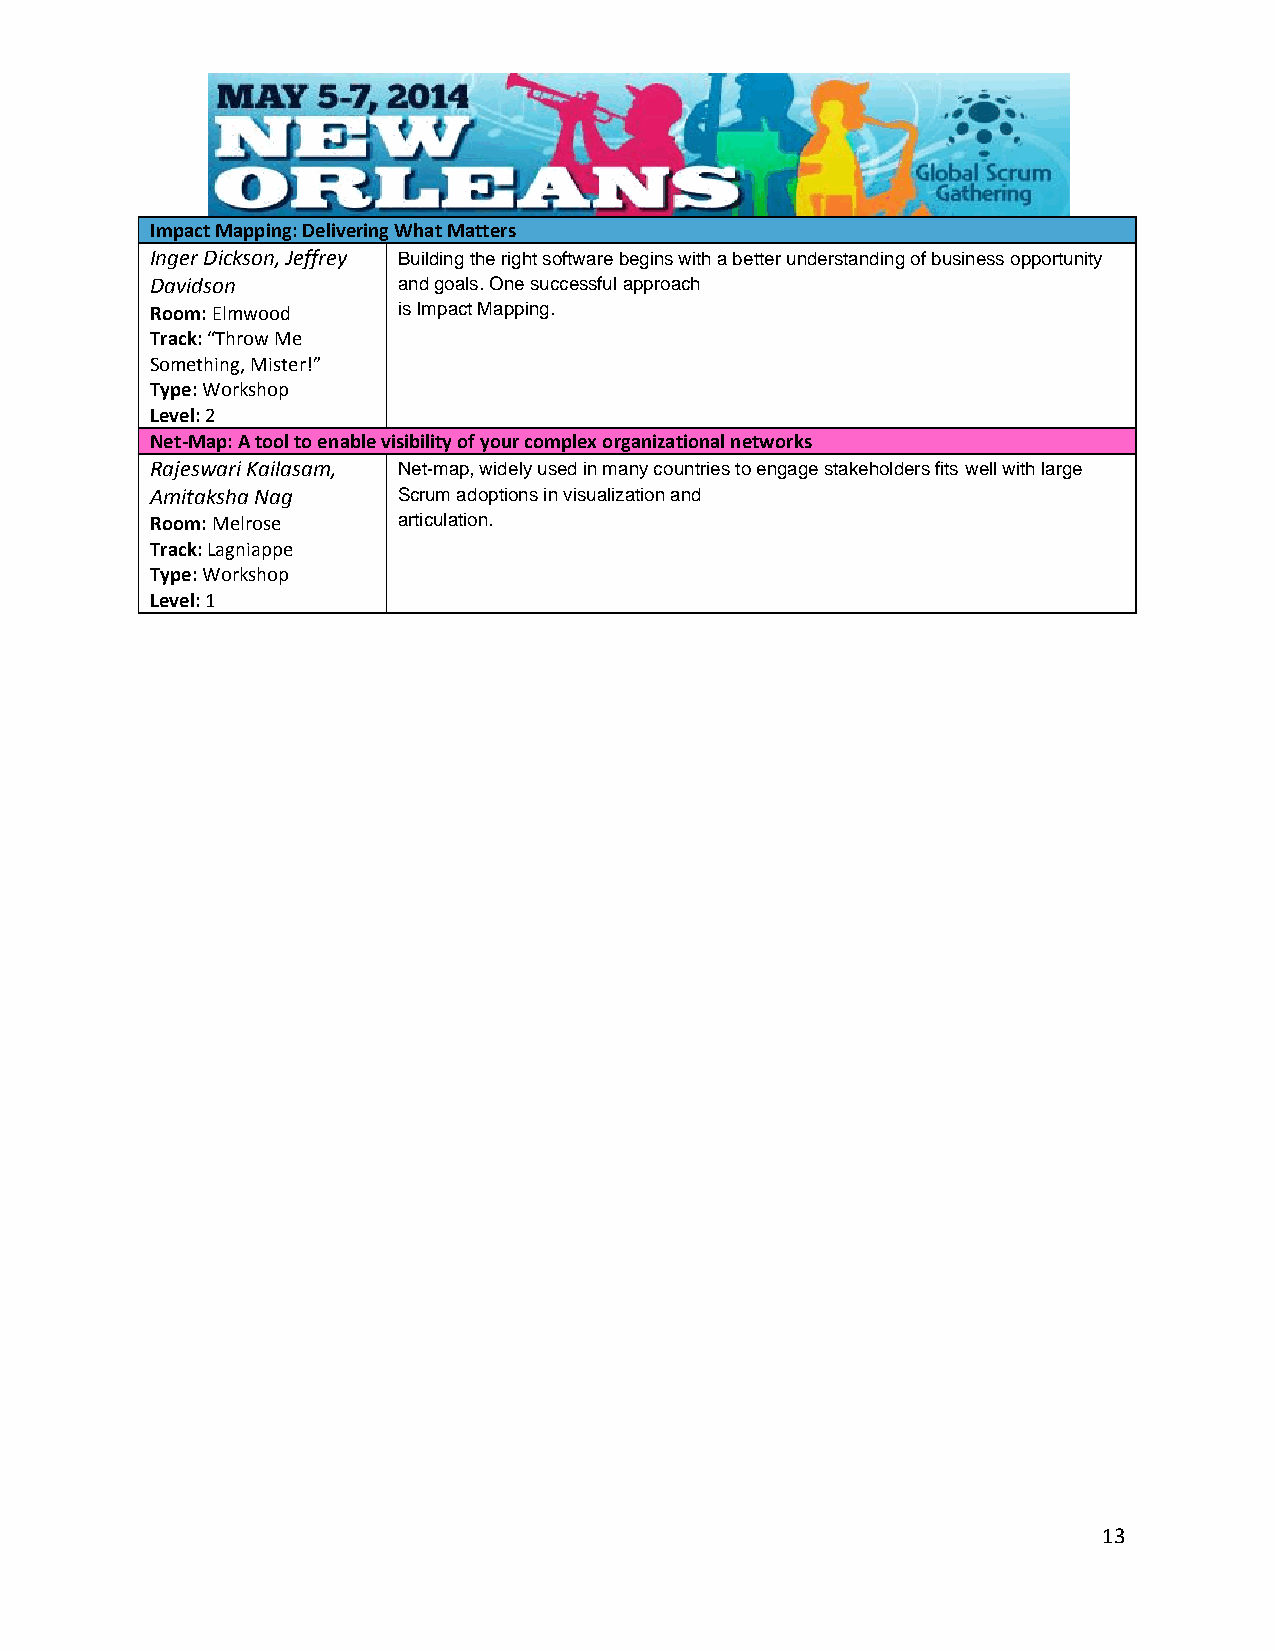
Impact Mapping: Delivering What Matters
 Inger Dickson, Jeffrey Building the right software begins with a better understanding of business opportunity
 Davidson        and goals. One successful approach
 Room: Elmwood   is Impact Mapping.
 Track: “Throw Me
 Something, Mister!”
 Type: Workshop
 Level: 2
 Net-Map: A tool to enable visibility of your complex organizational networks
 Rajeswari Kailasam, Net-map, widely used in many countries to engage stakeholders fits well with large
 Amitaksha Nag   Scrum adoptions in visualization and
 Room: Melrose   articulation.
 Track: Lagniappe
 Type: Workshop
 Level: 1
 13